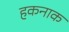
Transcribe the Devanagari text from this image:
हकनाक